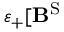
\varepsilon _ { + } [ \mathbf { B } ^ { \mathrm { S } }